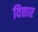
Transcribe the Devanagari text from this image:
विछार